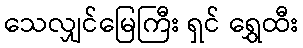
သေလျှင်မြေကြီး ရှင် ရွှေထီး